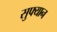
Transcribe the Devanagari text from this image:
सुफ्यान